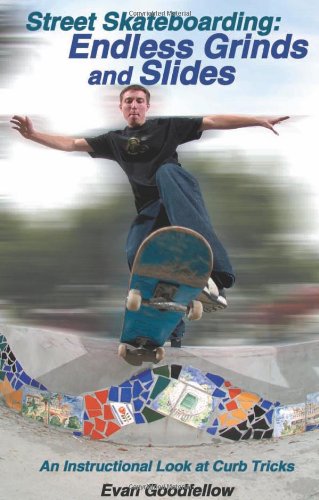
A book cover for Street Skateboarding: Endless Grinds and Slides: An Instructional Look at Curb Tricks; Evan Goodfellow; Sports & Outdoors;